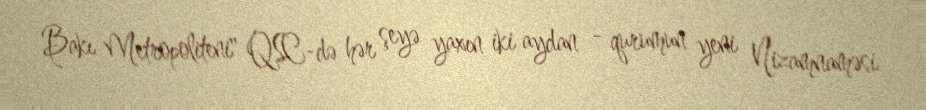
Bakı Metropoliteni" QSC-də hər şeyə yaxın iki aydan - qurumun yeni Nizamnaməsi